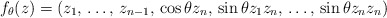
\begin{align*} f_\theta(z) = \left(z_1,\,\dots,\, z_{n-1},\, \cos\theta z_n, \,\sin\theta z_1z_n,\,\dots,\,\sin\theta z_nz_n\right) \end{align*}